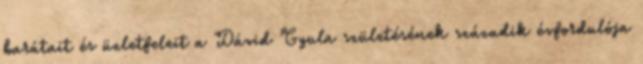
barátait és üzletfeleit a Dávid Gyula születésének századik évfordulója